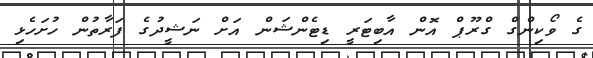
ގެ ވޯކިންގް ގްރޫޕް އޮން އާބިޓަރީ ޑިޓެންޝަން އަށް ނަޝީދުގެ ފަރާތުން ހުށަހެޅި